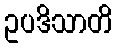
ဥပဒိသာတိ